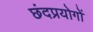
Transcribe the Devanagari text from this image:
छंदप्रयोगों